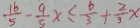
\frac { 1 6 } { 5 } - \frac { 9 } { 5 } x \leq \frac { 6 } { 3 } + \frac { 2 } { 3 } x